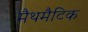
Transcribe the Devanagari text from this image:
मैथमैटिक